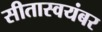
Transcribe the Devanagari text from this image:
सीतास्वयंबर